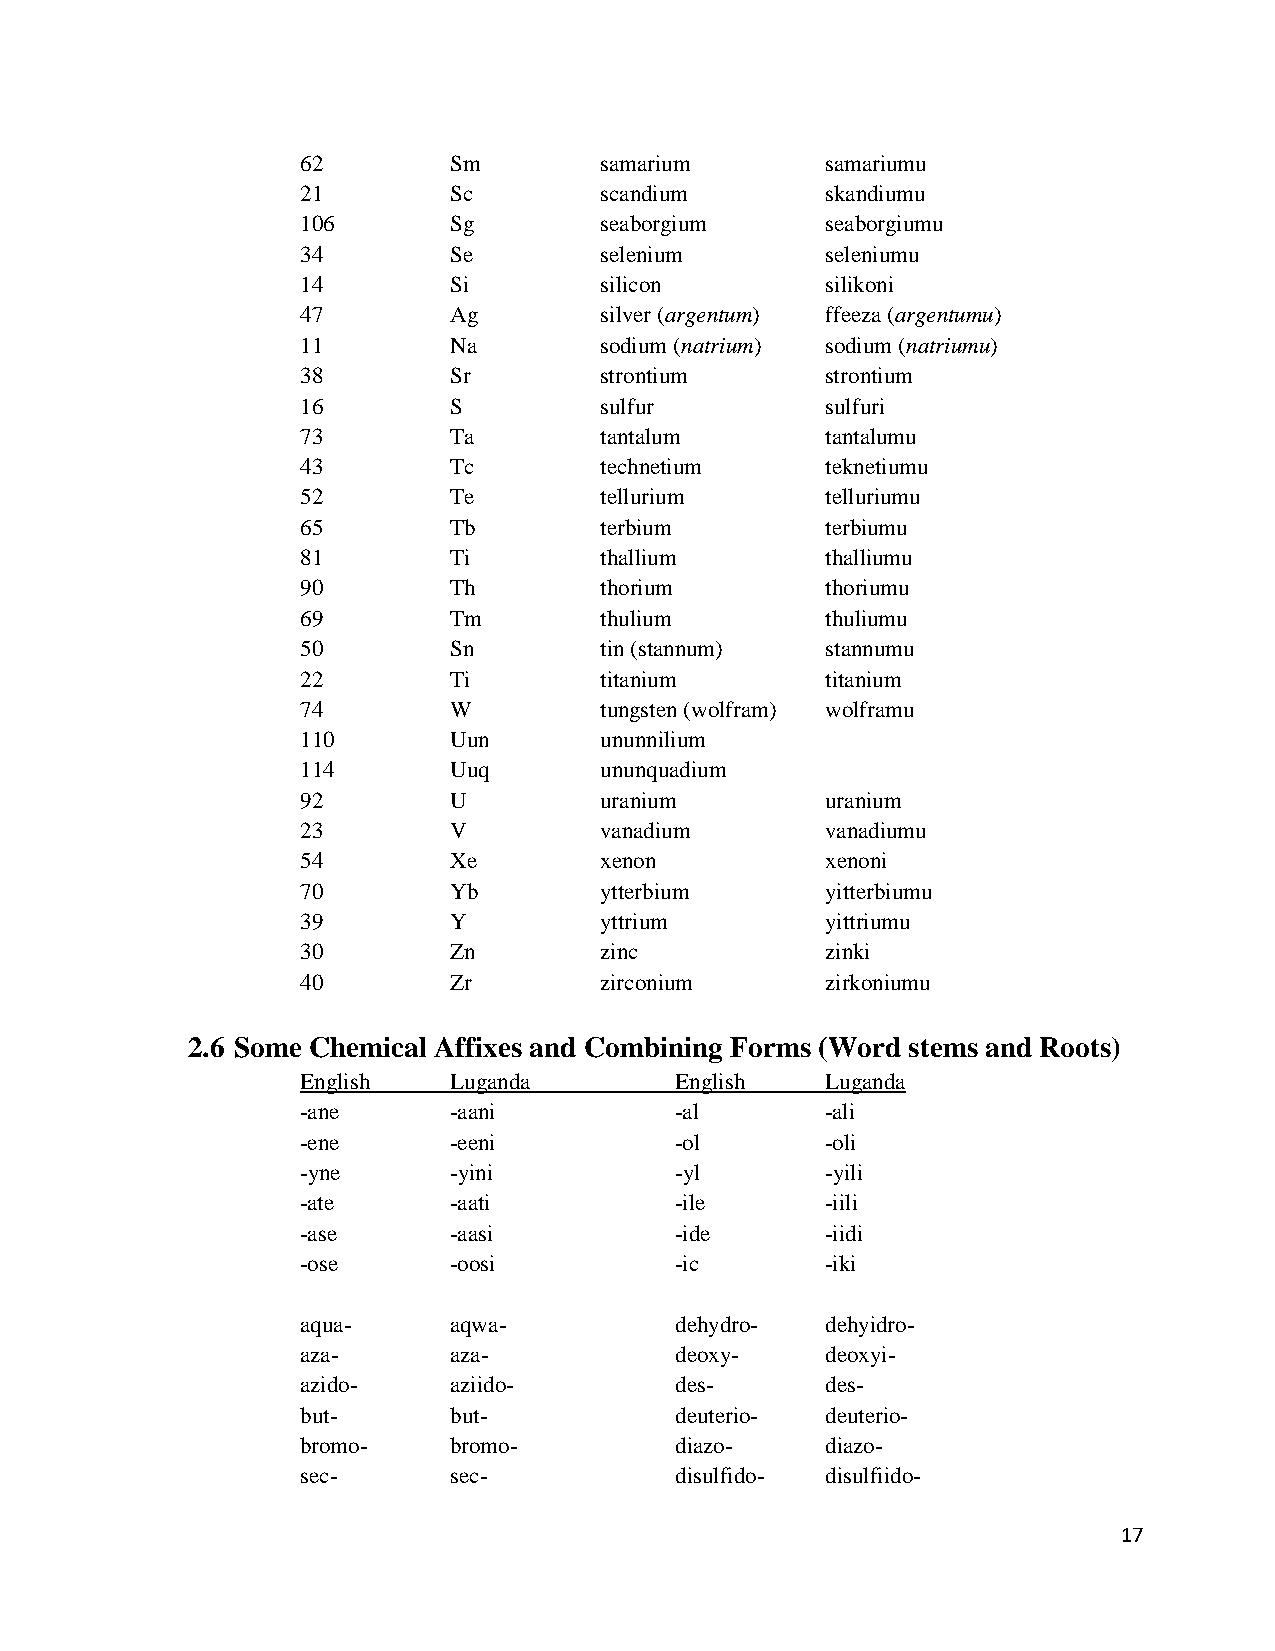
62        Sm        samarium       samariumu
 21        Sc        scandium       skandiumu
 106       Sg        seaborgium     seaborgiumu
 34        Se        selenium       seleniumu
 14        Si        silicon        silikoni
 47        Ag        silver (argentum) ffeeza (argentumu)
 11        Na        sodium (natrium) sodium (natriumu)
 38        Sr        strontium      strontium
 16        S         sulfur         sulfuri
 73        Ta        tantalum       tantalumu
 43        Tc        technetium     teknetiumu
 52        Te        tellurium      telluriumu
 65        Tb        terbium        terbiumu
 81        Ti        thallium       thalliumu
 90        Th        thorium        thoriumu
 69        Tm        thulium        thuliumu
 50        Sn        tin (stannum)  stannumu
 22        Ti        titanium       titanium
 74        W         tungsten (wolfram) wolframu
 110       Uun       ununnilium
 114       Uuq       ununquadium
 92        U         uranium        uranium
 23        V         vanadium       vanadiumu
 54        Xe        xenon          xenoni
 70        Yb        ytterbium      yitterbiumu
 39        Y         yttrium        yittriumu
 30        Zn        zinc           zinki
 40        Zr        zirconium      zirkoniumu
 2.6 Some Chemical Affixes and Combining Forms (Word stems and Roots)
 English   Luganda        English   Luganda
 -ane      -aani          -al       -ali
 -ene      -eeni          -ol       -oli
 -yne      -yini          -yl       -yili
 -ate      -aati          -ile      -iili
 -ase      -aasi          -ide      -iidi
 -ose      -oosi          -ic       -iki
 aqua-     aqwa-          dehydro-  dehyidro-
 aza-      aza-           deoxy-    deoxyi-
 azido-    aziido-        des-      des-
 but-      but-           deuterio- deuterio-
 bromo-    bromo-         diazo-    diazo-
 sec-      sec-           disulfido- disulfiido-
 17